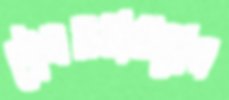
পৌরসভাগুলোর